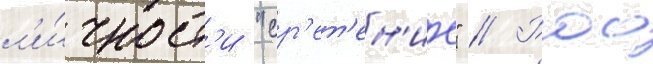
л'и́чност'и "ср'ет'ен'ие" // Роо